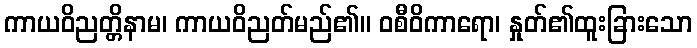
ကာယဝိညတ္တိနာမ၊ ကာယဝိညတ်မည်၏။ ဝစီဝိကာရော၊ နှုတ်၏ထူးခြားသော